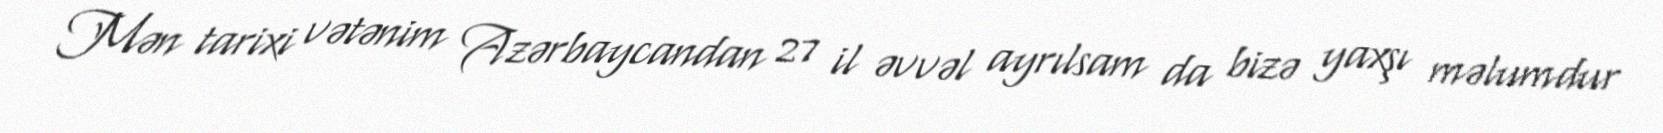
Mən tarixi vətənim Azərbaycandan 27 il əvvəl ayrılsam da bizə yaxşı məlumdur